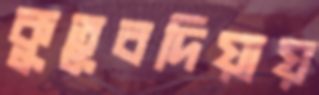
কুতুবদিয়ায়